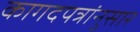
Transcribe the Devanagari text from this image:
कागदपत्रांनुसार